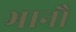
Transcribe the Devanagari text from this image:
भानौ